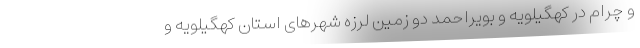
و چرام در کهگیلویه و بویراحمد دو زمین لرزه شهرهای استان کهگیلویه و